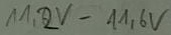
Text: 11,2V-11,6V